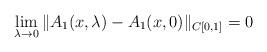
LaTeX: \begin{align*}\lim_{\lambda\to 0}\|A_1(x,\lambda)-A_1(x,0)\|_{C[0,1]}=0\end{align*}